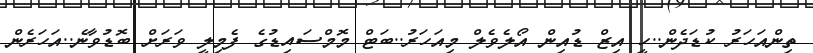
ތިންއަހަރު ކުޑަދެން..ހީ އިޒް ޑުއިން އޯލެވެލް މިއަހަރު..ބަޓް މޮމްސައިޑުގެ ފެމިލީ ވަރަށް ބޮޑުވާނެ..އަހަރެން